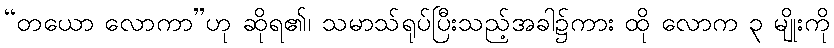
“တယော လောကာ”ဟု ဆိုရ၏၊ သမာသ်ရုပ်ပြီးသည့်အခါ၌ကား ထို လောက ၃ မျိုးကို